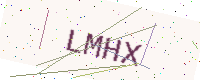
Text: LMHX